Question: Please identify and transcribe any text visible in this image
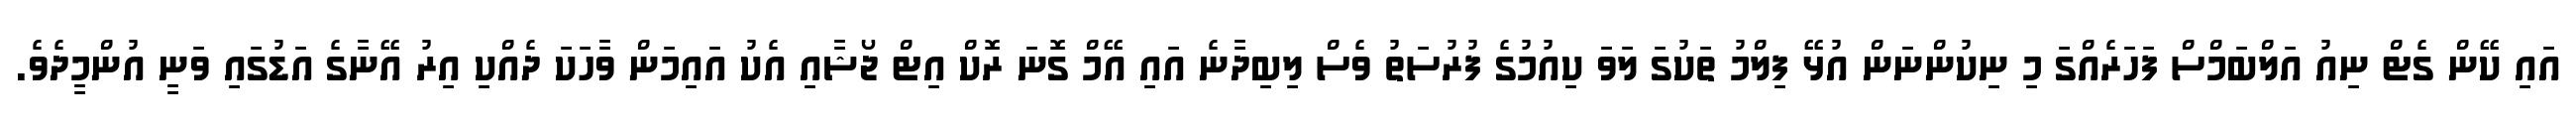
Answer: އައި ކޭން ގެޓް ނިއު އަލްބަމްސް ފަހަރެއްގަ މި ނިކުންނަން އުޅޭ ފިލްމު ތަކުގަ ލަވަ ކިއުމުގެ ފުރުސަތު ވެސް ލިބިދާނެ އައި އޭމް ގޮނަ ރޮކް އިޓް ޖޯޝާއި އެކު އައިމަން ވާހަކަ ދެއްކި އިރު އޭނާގެ އަޑުގައި ވަނީ އުންމީދެވެ.